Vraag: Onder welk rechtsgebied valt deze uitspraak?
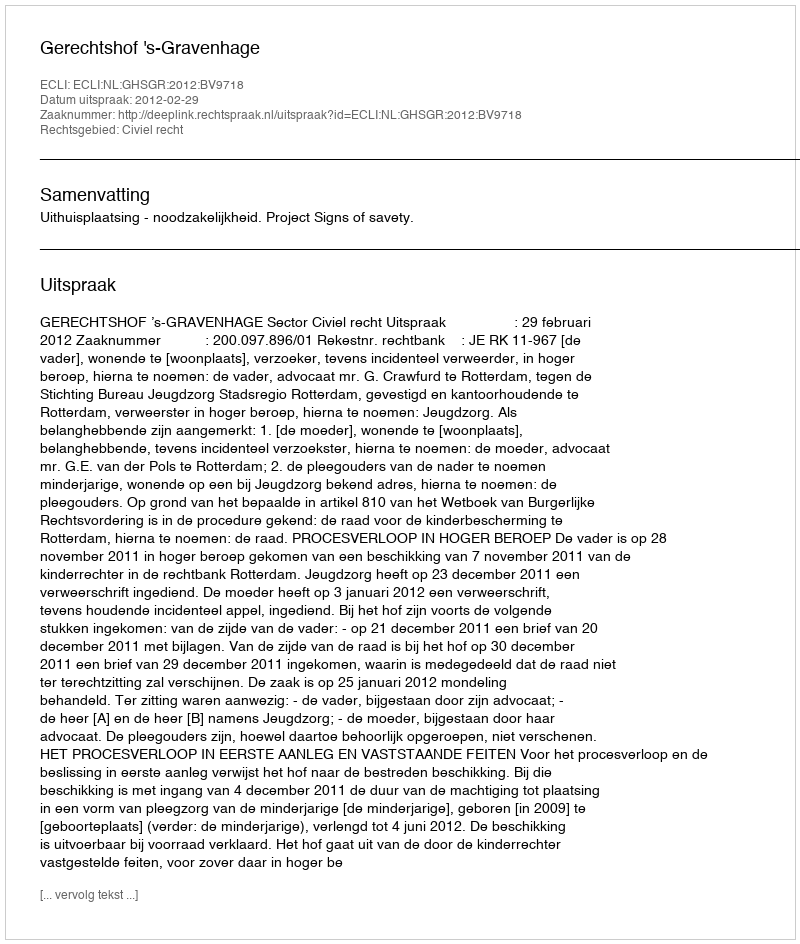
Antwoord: Civiel recht